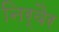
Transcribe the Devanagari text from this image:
निर्वैर